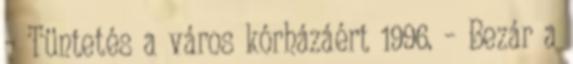
– Tüntetés a város kórházáért 1996. – Bezár a